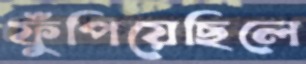
ফুঁপিয়েছিলে